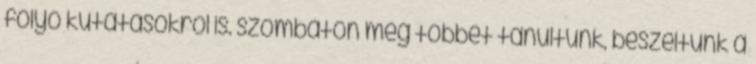
folyó kutatásokról is. szombaton még többet tanultunk, beszéltünk a